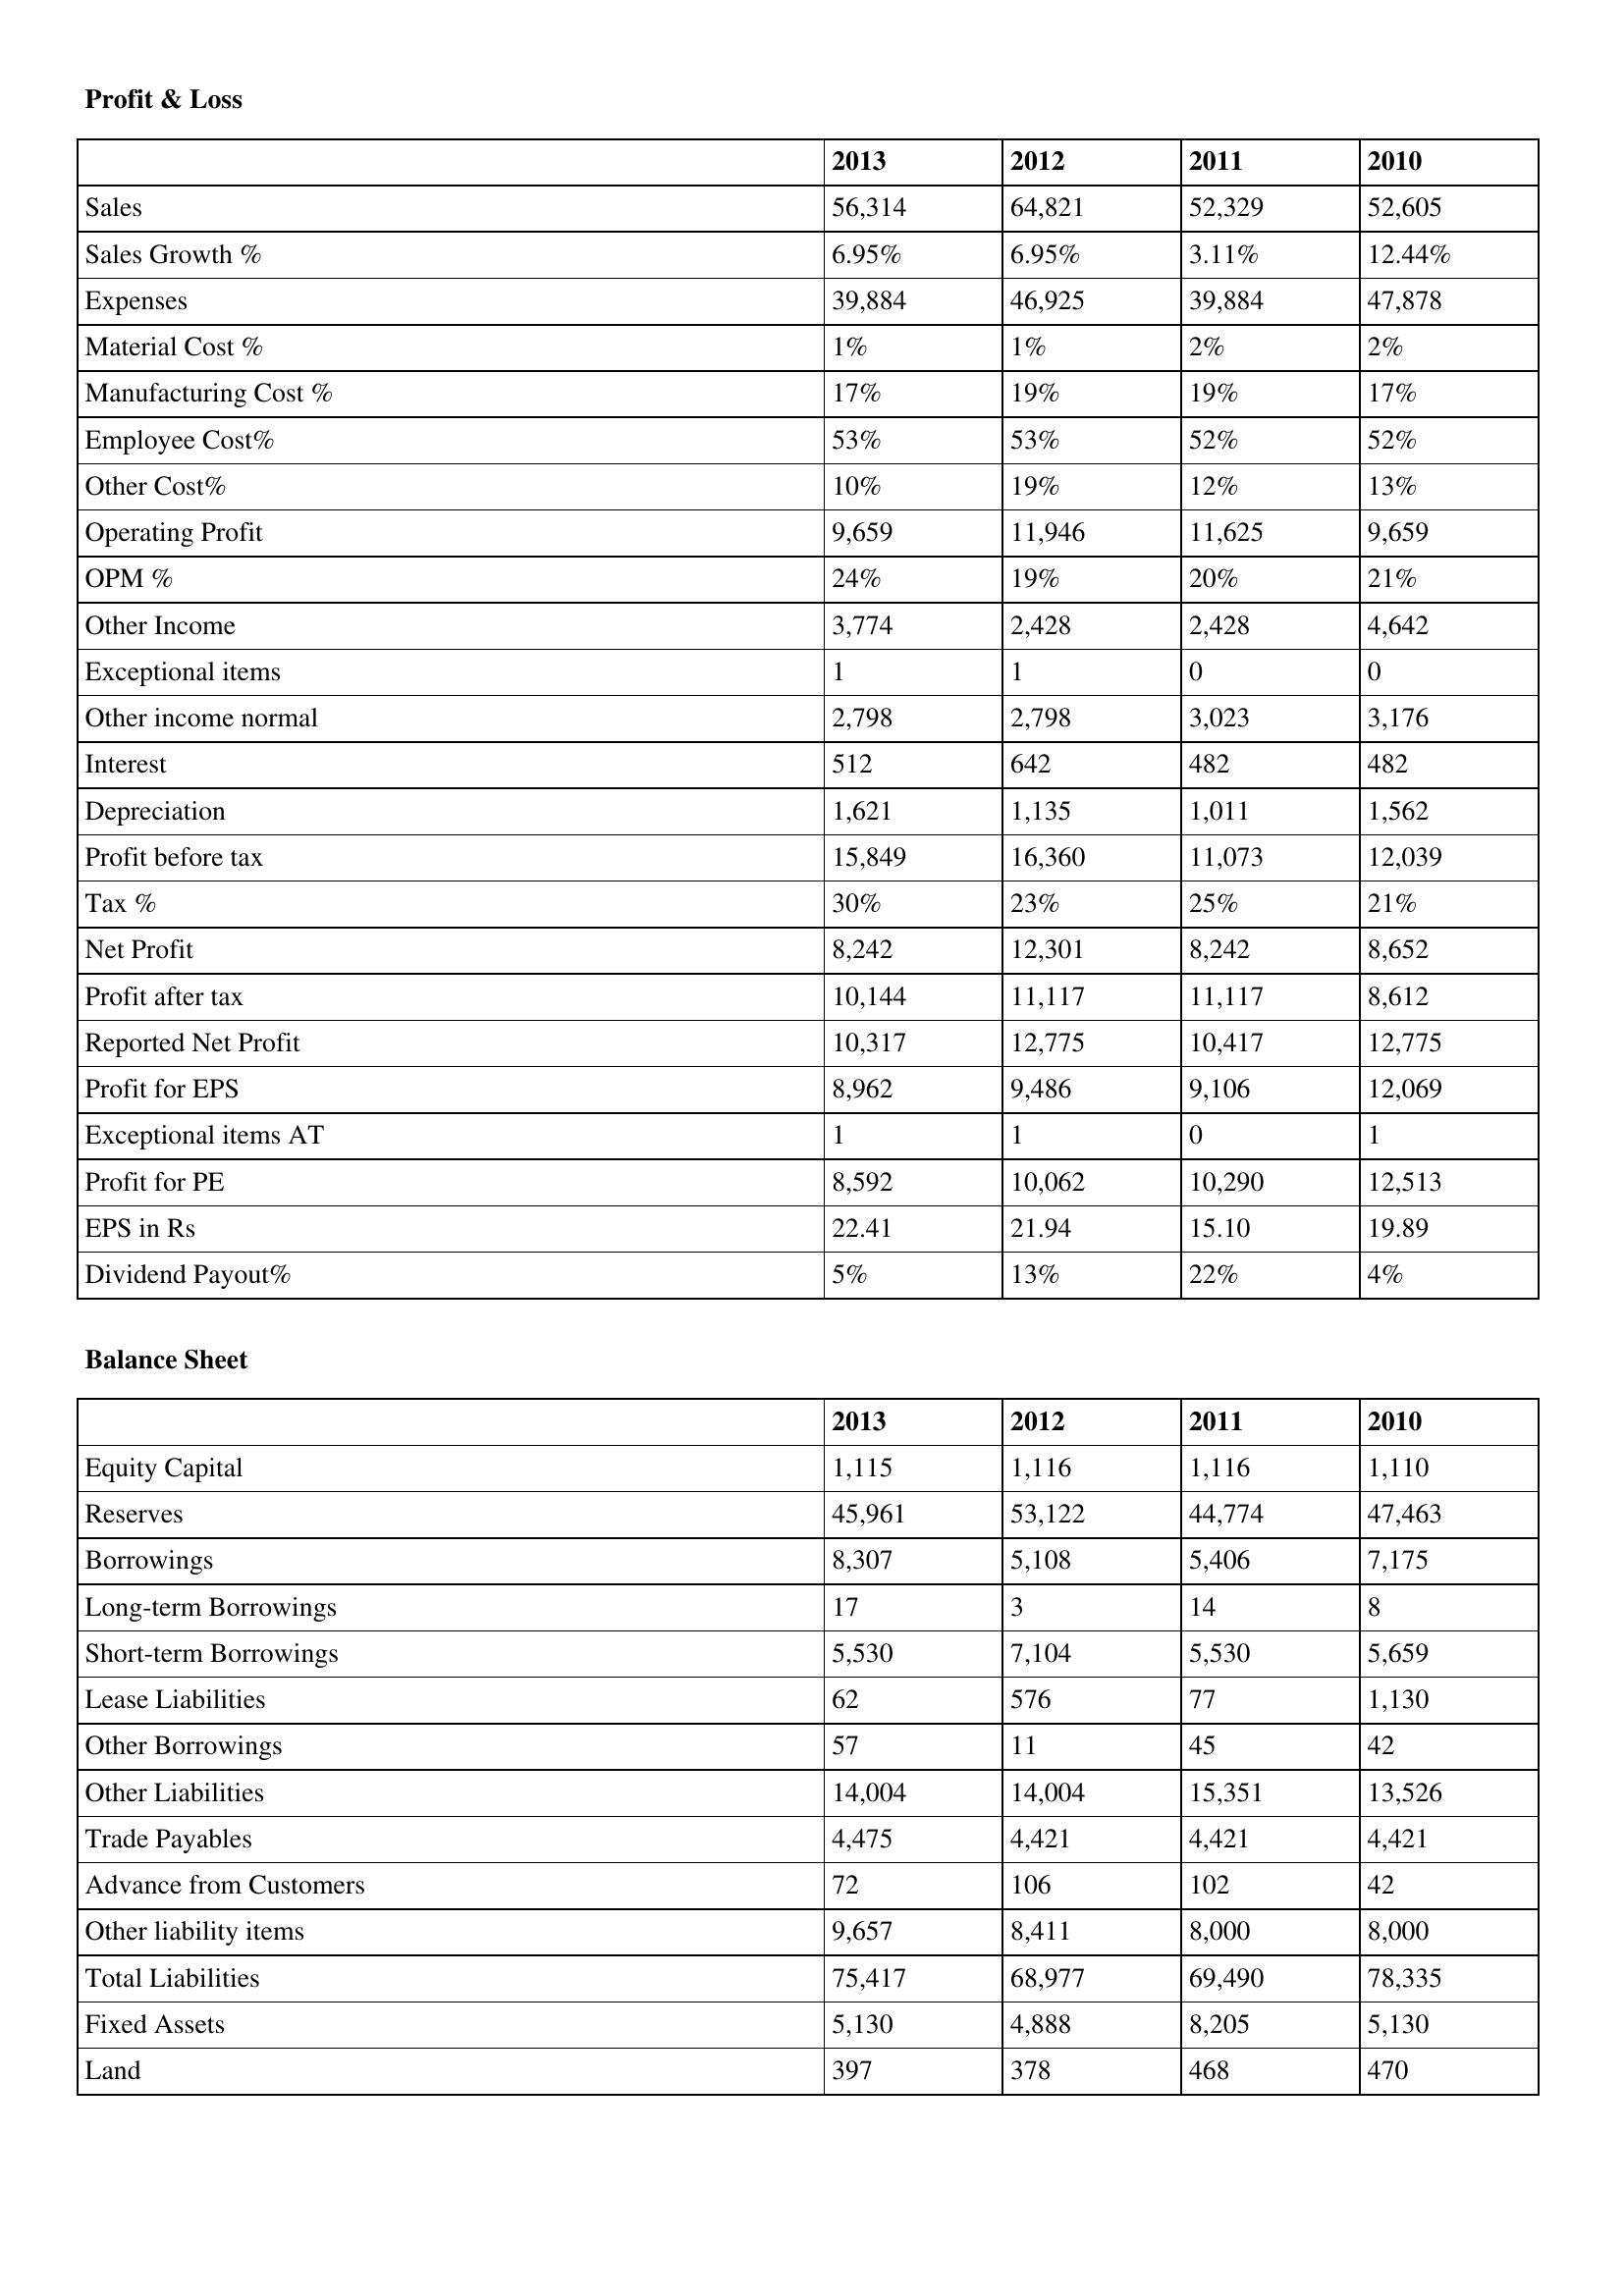
gt_parse: 2013: Profit & Loss: Sales: 56,314
Sales Growth %: 6.95%
Expenses: 39,884
Material Cost %: 1%
Manufacturing Cost %: 17%
Employee Cost%: 53%
Other Cost%: 10%
Operating Profit: 9,659
OPM %: 24%
Other Income: 3,774
Exceptional items: 1
Other income normal: 2,798
Interest: 512
Depreciation: 1,621
Profit before tax: 15,849
Tax %: 30%
Net Profit: 8,242
Profit after tax: 10,144
Reported Net Profit: 10,317
Profit for EPS: 8,962
Exceptional items AT: 1
Profit for PE: 8,592
EPS in Rs: 22.41
Dividend Payout%: 5%
Balance Sheet: Equity Capital: 1,115
Reserves: 45,961
Borrowings: 8,307
Long-term Borrowings: 17
Short-term Borrowings: 5,530
Lease Liabilities: 62
Other Borrowings: 57
Other Liabilities: 14,004
Trade Payables: 4,475
Advance from Customers: 72
Other liability items: 9,657
Total Liabilities: 75,417
Fixed Assets: 5,130
Land: 397
2012: Profit & Loss: Sales: 64,821
Sales Growth %: 6.95%
Expenses: 46,925
Material Cost %: 1%
Manufacturing Cost %: 19%
Employee Cost%: 53%
Other Cost%: 19%
Operating Profit: 11,946
OPM %: 19%
Other Income: 2,428
Exceptional items: 1
Other income normal: 2,798
Interest: 642
Depreciation: 1,135
Profit before tax: 16,360
Tax %: 23%
Net Profit: 12,301
Profit after tax: 11,117
Reported Net Profit: 12,775
Profit for EPS: 9,486
Exceptional items AT: 1
Profit for PE: 10,062
EPS in Rs: 21.94
Dividend Payout%: 13%
Balance Sheet: Equity Capital: 1,116
Reserves: 53,122
Borrowings: 5,108
Long-term Borrowings: 3
Short-term Borrowings: 7,104
Lease Liabilities: 576
Other Borrowings: 11
Other Liabilities: 14,004
Trade Payables: 4,421
Advance from Customers: 106
Other liability items: 8,411
Total Liabilities: 68,977
Fixed Assets: 4,888
Land: 378
2011: Profit & Loss: Sales: 52,329
Sales Growth %: 3.11%
Expenses: 39,884
Material Cost %: 2%
Manufacturing Cost %: 19%
Employee Cost%: 52%
Other Cost%: 12%
Operating Profit: 11,625
OPM %: 20%
Other Income: 2,428
Exceptional items: 0
Other income normal: 3,023
Interest: 482
Depreciation: 1,011
Profit before tax: 11,073
Tax %: 25%
Net Profit: 8,242
Profit after tax: 11,117
Reported Net Profit: 10,417
Profit for EPS: 9,106
Exceptional items AT: 0
Profit for PE: 10,290
EPS in Rs: 15.10
Dividend Payout%: 22%
Balance Sheet: Equity Capital: 1,116
Reserves: 44,774
Borrowings: 5,406
Long-term Borrowings: 14
Short-term Borrowings: 5,530
Lease Liabilities: 77
Other Borrowings: 45
Other Liabilities: 15,351
Trade Payables: 4,421
Advance from Customers: 102
Other liability items: 8,000
Total Liabilities: 69,490
Fixed Assets: 8,205
Land: 468
2010: Profit & Loss: Sales: 52,605
Sales Growth %: 12.44%
Expenses: 47,878
Material Cost %: 2%
Manufacturing Cost %: 17%
Employee Cost%: 52%
Other Cost%: 13%
Operating Profit: 9,659
OPM %: 21%
Other Income: 4,642
Exceptional items: 0
Other income normal: 3,176
Interest: 482
Depreciation: 1,562
Profit before tax: 12,039
Tax %: 21%
Net Profit: 8,652
Profit after tax: 8,612
Reported Net Profit: 12,775
Profit for EPS: 12,069
Exceptional items AT: 1
Profit for PE: 12,513
EPS in Rs: 19.89
Dividend Payout%: 4%
Balance Sheet: Equity Capital: 1,110
Reserves: 47,463
Borrowings: 7,175
Long-term Borrowings: 8
Short-term Borrowings: 5,659
Lease Liabilities: 1,130
Other Borrowings: 42
Other Liabilities: 13,526
Trade Payables: 4,421
Advance from Customers: 42
Other liability items: 8,000
Total Liabilities: 78,335
Fixed Assets: 5,130
Land: 470